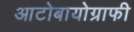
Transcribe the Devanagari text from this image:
आटोबायोग्राफी